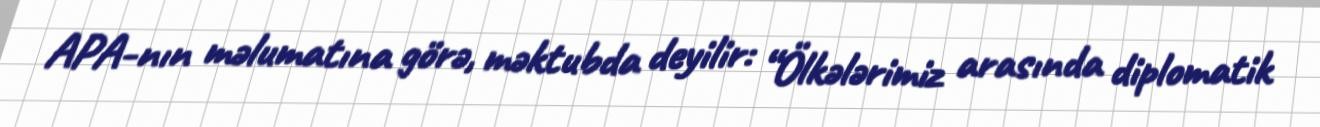
APA-nın məlumatına görə, məktubda deyilir: “Ölkələrimiz arasında diplomatik